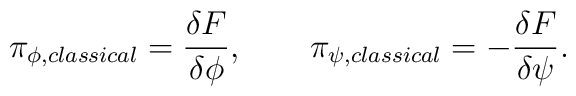
\pi _{\phi ,classical}={\frac{\delta F}{\delta \phi }},\qquad \pi _{\psi,classical}=-{\frac{\delta F}{\delta \psi }}.